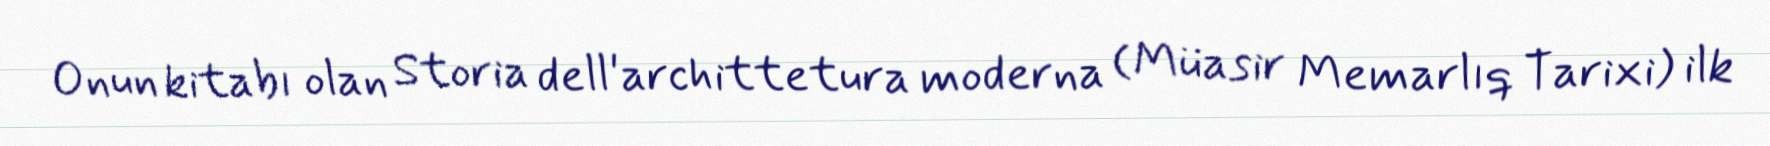
Onun kitabı olan Storia dell'archittetura moderna (Müasir Memarlıq Tarixi) ilk